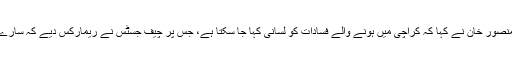
سندھ ہائی کورٹ بار کے صدر انور منصور خان نے کہا کہ کراچی میں ہونے والے فسادات کو لسانی کہا جا سکتا ہے، جس پر چیف جسٹس نے ریمارکس دیے کہ سارے معاملے کو لسانی رنگ نہ دیا جائے۔